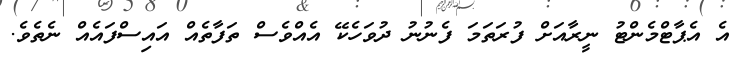
އެ އެޕާޓްމެންޓު ނީރާއަށް ފުރަތަމަ ފެނުނު ދުވަހެކޭ އެއްވެސް ތަފާތެއް އައިސްފައެއް ނެތެވެ.